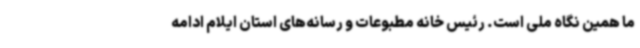
ما همین نگاه ملی است. رئیس خانه مطبوعات و رسانه‌های استان ایلام ادامه